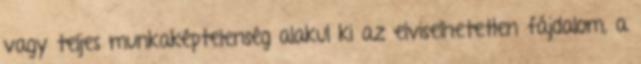
vagy teljes munkaképtelenség alakul ki az elviselhetetlen fájdalom, a